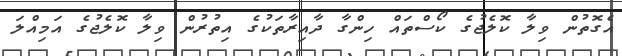
އެގޮތުން ވިލާ ކޮލެޖުގެ ކޯސްތައް ހިންގާ ދާއިރާތަކުގެ އިތުރުން ވިލާ ކޮލެޖުގެ އަމިއްލަ